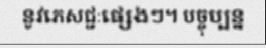
នូវភេសជ្ជៈផ្សេងៗ។ បច្ចុប្បន្ន